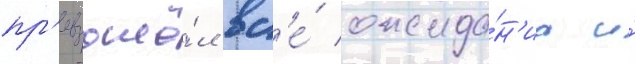
пр'евзошё́л вс'е́ ожида́н'иа и́